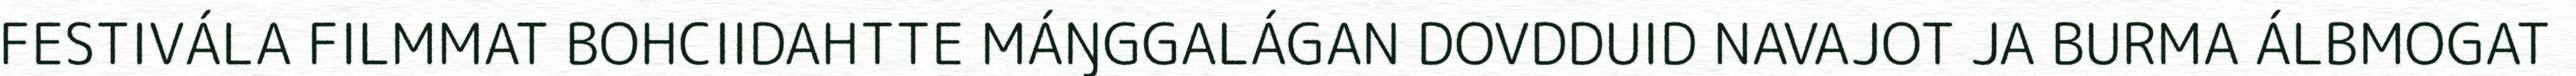
FESTIVÁLA FILMMAT BOHCIIDAHTTE MÁŊGGALÁGAN DOVDDUID NAVAJOT JA BURMA ÁLBMOGAT